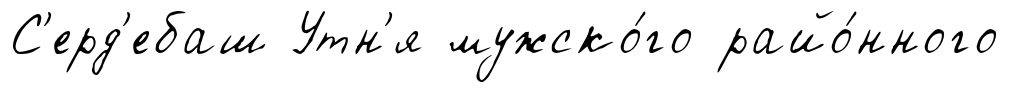
С'ерд'ебаш Утн'я мужско́го райо́нного